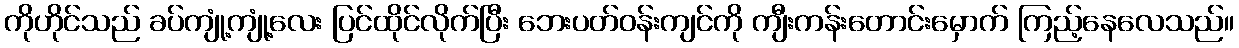
ကိုဟိုင်သည် ခပ်ကျုံ့ကျုံ့လေး ပြင်ထိုင်လိုက်ပြီး ဘေးပတ်ဝန်းကျင်ကို ကျီးကန်းတောင်းမှောက် ကြည့်နေလေသည်။